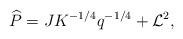
LaTeX: \begin{align*}\widehat{P}=JK^{-1/4}q^{-1/4} + \mathcal{L}^2, \end{align*}